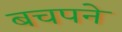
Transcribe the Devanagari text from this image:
बचपने